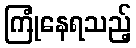
ကြုံနေရသည့်